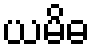
ယမိဓ